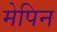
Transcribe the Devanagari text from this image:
मेपिन